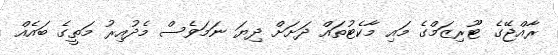
ރާއްޖޭގެ ޓޫރިޒަމްގެ މައި މާކެޓުތައް ދަށަށް ދިޔަ ނަމަވެސް މެދުއިރު މަތީގެ ބައެއް